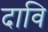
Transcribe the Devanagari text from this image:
दावि